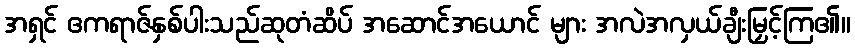
အရှင် ဧကရာဇ်နှစ်ပါးသည်ဆုတံဆိပ် အဆောင်အယောင် များ အလဲအလှယ်ချီးမြှင့်ကြ၏။